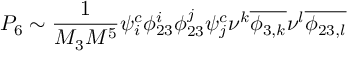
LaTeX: P _ { 6 } \sim \frac { 1 } { M _ { 3 } M ^ { 5 } } \psi _ { i } ^ { c } \phi _ { 2 3 } ^ { i } \phi _ { 2 3 } ^ { j } \psi _ { j } ^ { c } \nu ^ { k } \overline { { { \phi _ { 3 , k } } } } \nu ^ { l } \overline { { { \phi _ { 2 3 , l } } } }